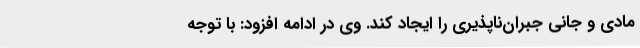
مادی و جانی جبران‌ناپذیری را ایجاد کند. وی در ادامه افزود: با توجه